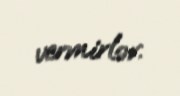
vermirlər.